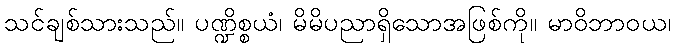
သင်ချစ်သားသည်။ ပဏ္ဍိစ္စယံ၊ မိမိပညာရှိသောအဖြစ်ကို။ မာဝိဘာဝယ၊